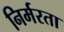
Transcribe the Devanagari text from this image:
निर्मरता